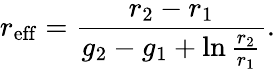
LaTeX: r_{\mathrm{eff}}=\frac{r_{2}-r_{1}}{g_{2}-g_{1}+\ln\frac{r_{2}}{r_{1}}}.